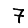
Digit: 7